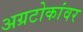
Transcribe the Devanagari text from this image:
अग्रटोकांवर